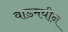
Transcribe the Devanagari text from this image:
वाडमयीन